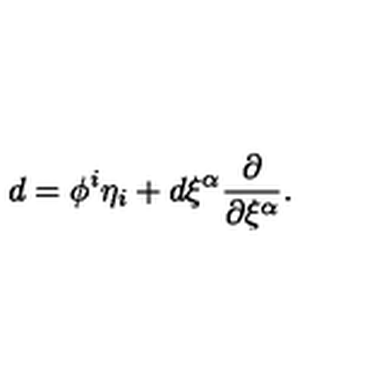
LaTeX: d = \phi ^ { i } \eta _ { i } + d \xi ^ { \alpha } \frac { \partial } { \partial \xi ^ { \alpha } } .